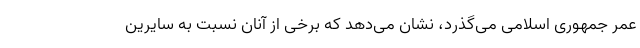
عمر جمهوری اسلامی می‌گذرد، نشان می‌دهد که برخی از آنان نسبت به سایرین